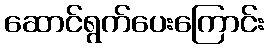
ဆောင်ရွက်ပေးကြောင်း